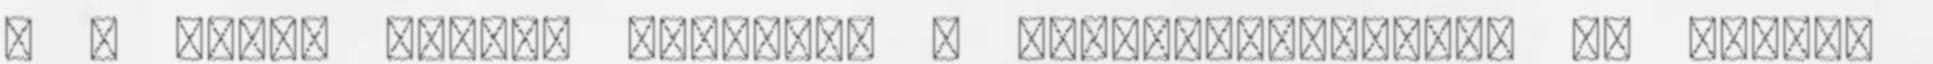
: A bűvös hármas Animáció : Doppingvizsgálat az újkori